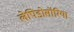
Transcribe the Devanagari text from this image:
लेपिडोसॉरिया